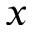
x